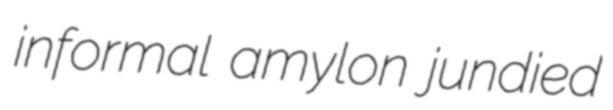
informal amylon jundied